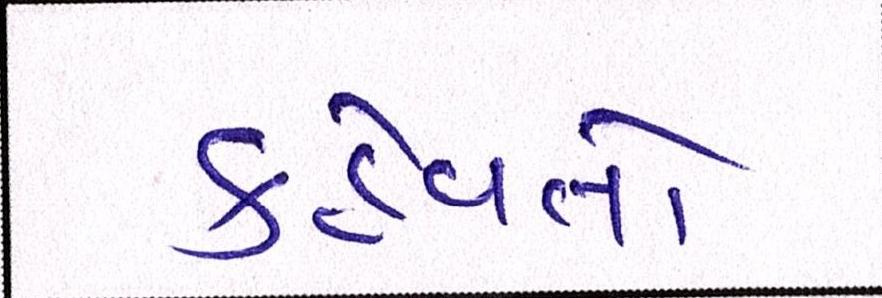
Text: કહેવતો